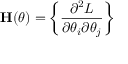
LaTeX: \mathbf { H } ( \theta ) = \left\{ { \frac { \partial ^ { 2 } L } { \partial \theta _ { i } \partial \theta _ { j } } } \right\}